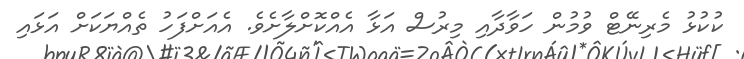
ކުކުޅު މެރިނޭޓް ވުމުން ހަވާދާއި މިރުސް އަޅާ އެއްކޮށްލާށެވެ. އެއަށްފަހު ތެއްޔަކަށް އަޅައި